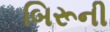
બિરૂની